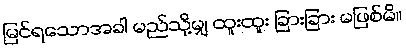
မြင်ရသောအခါ မည်သို့မျှ ထူးထူး ခြားခြား မဖြစ်မိ။